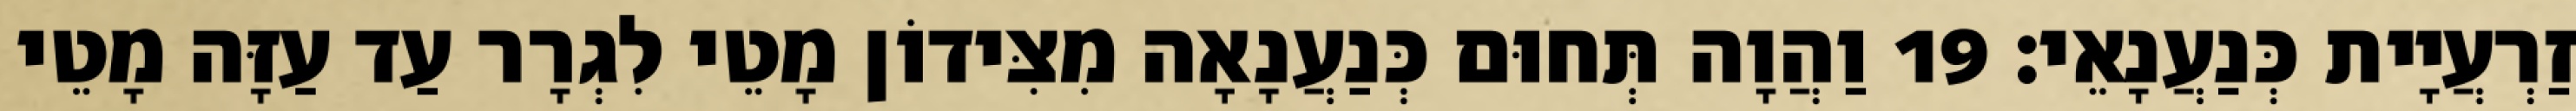
זַרְעֲיָית כְּנַעֲנָאֵי׃ 19 וַהֲוָה תְּחוּם כְּנַעֲנָאָה מִצִּידוֹן מָטֵי לִגְרָר עַד עַזָּה מָטֵי